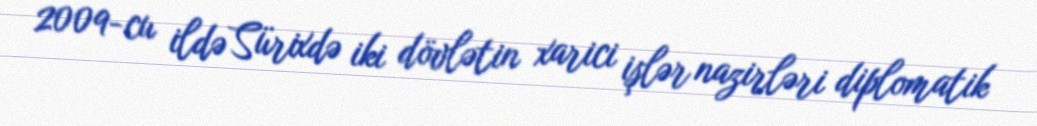
2009-cu ildə Sürixdə iki dövlətin xarici işlər nazirləri diplomatik